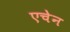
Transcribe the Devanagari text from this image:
एचेन